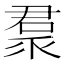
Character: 𠹩